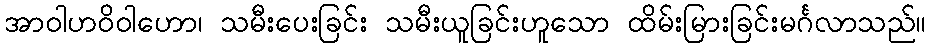
အာဝါဟဝိဝါဟော၊ သမီးပေးခြင်း သမီးယူခြင်းဟူသော ထိမ်းမြားခြင်းမင်္ဂလာသည်။